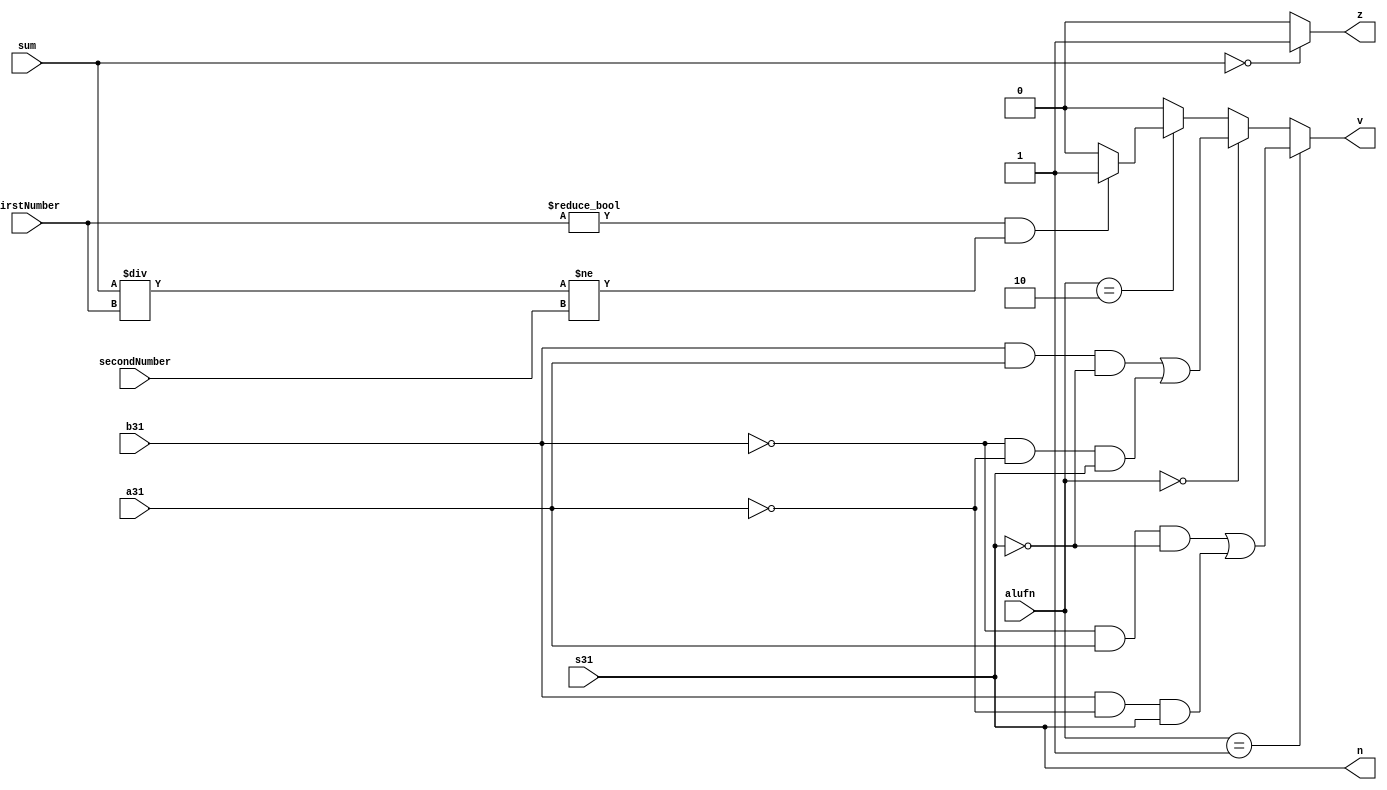
module nv_11 (
    input [15:0] firstNumber,
    input [15:0] secondNumber,
    input [15:0] sum,
    input a31,
    input b31,
    input s31,
    input [1:0] alufn,
    output reg v,
    output reg n,
    output reg z
  );
  
  
  
  always @* begin
    n = s31;
    if (alufn == 2'h1) begin
      v = ((~b31) & a31 & (~s31)) | (b31 & (~a31) & s31);
    end else begin
      if (alufn == 2'h0) begin
        v = (b31 & a31 & (~s31)) | ((~b31) & (~a31) & s31);
      end else begin
        if (alufn == 2'h2) begin
          if (firstNumber != 1'h0 && sum / firstNumber != secondNumber) begin
            v = 1'h1;
          end else begin
            v = 1'h0;
          end
        end else begin
          v = 1'h0;
        end
      end
    end
    if (sum == 16'h0000) begin
      z = 1'h1;
    end else begin
      z = 1'h0;
    end
  end
endmodule